Indian journal of veterinary science and animal husbandry - Volumes 26-27, 1956-1957
Year: 1956
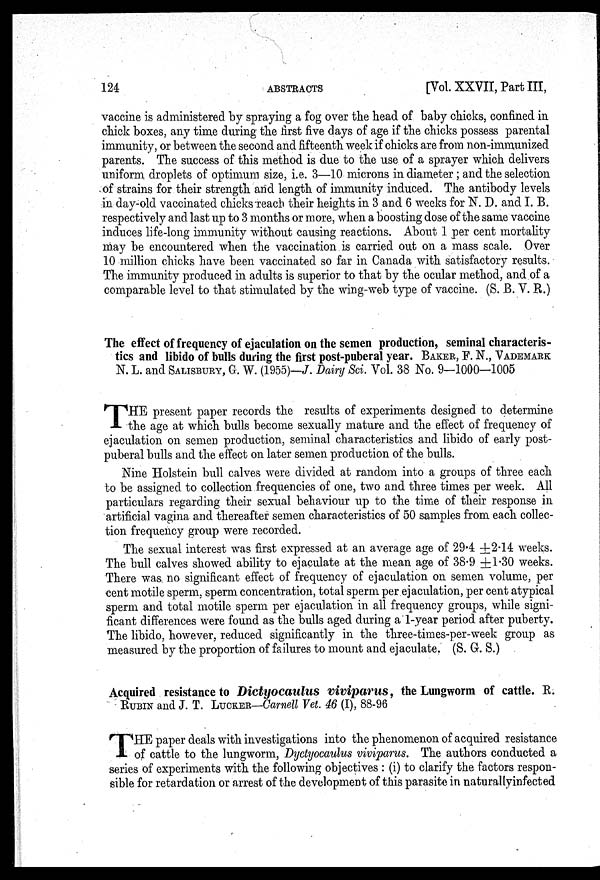
124
ABSTRACTS
[Vol. XXVII, Part III,
vaccine is administered by spraying a fog over the head of baby chicks, confined in
chick boxes, any time during the first five days of age if the chicks possess parental
immunity, or between the second and fifteenth week if chicks are from non-immunized
parents. The success of this method is due to the use of a sprayer which delivers
uniform droplets of optimum size, i.e. 3—10 microns in diameter ; and the selection
of strains for their strength and length of immunity induced. The antibody levels
in day-old vaccinated chicks reach their heights in 3 and 6 weeks for N. D. and I. B.
respectively and last up to 3 months or more, when a boosting dose of the same vaccine
induces life-long immunity without causing reactions. About 1 per cent mortality
may be encountered when the vaccination is carried out on a mass scale. Over
10 million chicks have been vaccinated so far in Canada with satisfactory results.
The immunity produced in adults is superior to that by the ocular method, and of a
comparable level to that stimulated by the wing-web type of vaccine. (S. B. V. R.)
The effect of frequency of ejaculation on the semen production, seminal characteris-
tics and libido of bulls during the first post-puberal year. BAKER, F. N.,
T HE present paper records the results of experiments designed to determine
the age at which bulls become sexually mature and the effect of frequency of
ejaculation on semen production, seminal characteristics and libido of early post-
puberal bulls and the effect on later semen production of the bulls.
Nine Holstein bull calves were divided at random into a groups of three each
to be assigned to collection frequencies of one, two and three times per week. All
particulars regarding their sexual behaviour up to the time of their response in
artificial vagina and thereafter semen characteristics of 50 samples from each collec-
tion frequency group were recorded.
The sexual interest was first expressed at an average age of 29.4 ±2.14: weeks.
The bull calves showed ability to ejaculate at the mean age of 38.9±1.30 weeks.
There was. no significant effect of frequency of ejaculation on semen volume, per
cent motile sperm, sperm concentration, total sperm per ejaculation, per cent atypical
sperm and total motile sperm per ejaculation in all frequency groups, while signi-
ficant differences were found as the bulls aged during a 1-year period after puberty.
The libido, however, reduced significantly in the three-times-per-week group as
measured by the proportion of failures to mount and ejaculate. (S. G. S.)
Acquired resistance to Dictyocaulus viviparus, the Lungworm of cattle. E.
RUBIN and J. T. LUCKER—Cornell Vet. 46 (I), 88-96
T HE paper deals with investigations into the phenomenon of acquired resistance
of cattle to the lungworm, Dyctyocaulus viviparus. The authors conducted a
series of experiments with the following objectives : (i) to clarify the factors respon-
sible for retardation or arrest of the development of this parasite in naturallyinfected